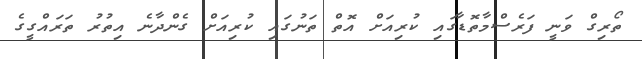
ތޯރިގް ވަނީ ފަރެސްމާތޮޑާގައި ކުރިއަށް އޮތް ތަނުގައި ކުރިއަށް ގެންދާނެ އިތުރު ތަރައްގީގެ